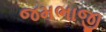
જમભાજી